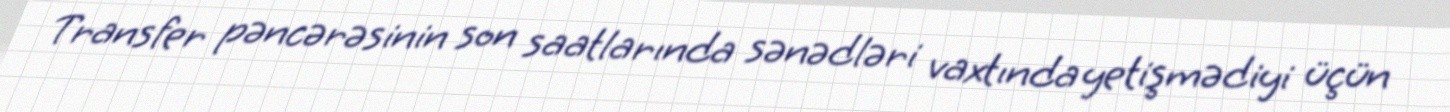
Transfer pəncərəsinin son saatlarında sənədləri vaxtında yetişmədiyi üçün